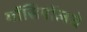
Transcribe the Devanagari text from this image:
गॉसिपॉलचे